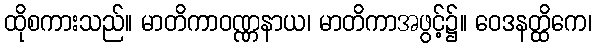
ထိုစကားသည်။ မာတိကာဝဏ္ဏနာယ၊ မာတိကာအဖွင့်၌။ ဝေဒနတ္ထိကေ၊